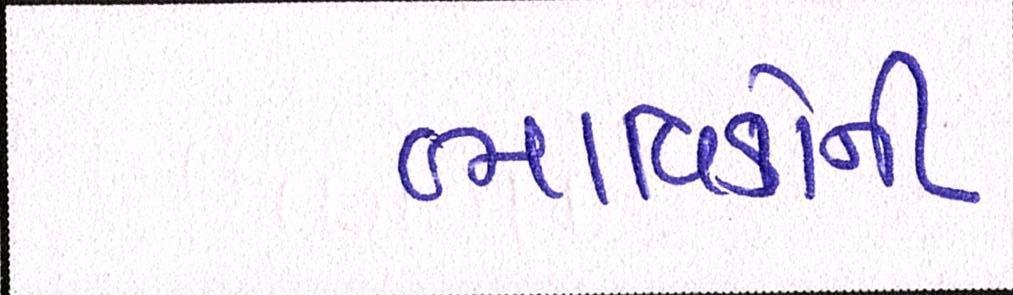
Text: ભાવિકોની